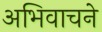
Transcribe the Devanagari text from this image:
अभिवाचने